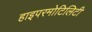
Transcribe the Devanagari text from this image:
हाइपरमोटिलिटी